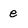
Character: e